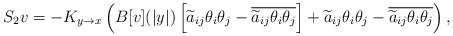
\begin{align*}S_2v=-K_{y\to x}\left( B[v](|y|)\left[\widetilde a_{ij}\theta_i\theta_j-\overline{\widetilde a_{ij}\theta_i\theta_j}\right]+\widetilde a_{ij}\theta_i\theta_j-\overline{\widetilde a_{ij}\theta_i\theta_j}\right),\end{align*}